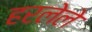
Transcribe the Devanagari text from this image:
हरलेले